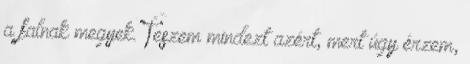
a falnak megyek. Teszem mindezt azért, mert úgy érzem,